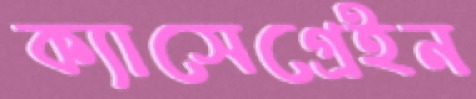
ক্যাসেগ্রেইন